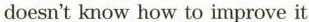
doesn'tknow how to improve it.